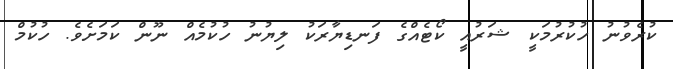
ކުރެވުނު ހުކުރުމަކީ ޝަރުއީ ކޯޓެއްގެ ފަނޑިޔާރަކު ލިޔުނު ހުކުމެއް ނޫން ކަމަށެވެ. ހުކުމް